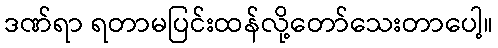
ဒဏ်ရာ ရတာမပြင်းထန်လို့တော်သေးတာပေါ့။